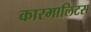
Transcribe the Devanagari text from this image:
कारमालिटस